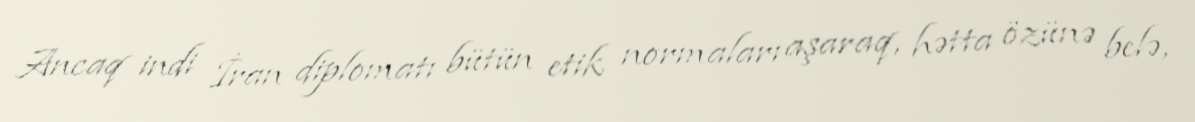
Ancaq indi İran diplomatı bütün etik normaları aşaraq, hətta özünə belə,